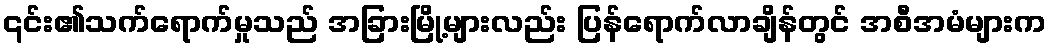
၎င်း၏သက်ရောက်မှုသည် အခြားမြို့များလည်း ပြန်ရောက်လာချိန်တွင် အစီအမံများက